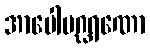
အာပေါပဂ္ဃရဏော